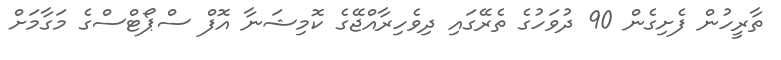
ތާރީހުން ފެށިގެން 90 ދުވަހުގެ ތެރޭގައި ދިވެހިރާއްޖޭގެ ކޮމިޝަނާ އޮފް ސްޕޯޓްސްގެ މަގާމަށް